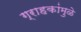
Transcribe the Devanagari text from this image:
ग्राहकांमुळे